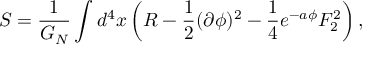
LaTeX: S = { \frac { 1 } { G _ { N } } } \int d ^ { 4 } x \left( R - { \frac { 1 } { 2 } } ( \partial \phi ) ^ { 2 } - { \frac { 1 } { 4 } } e ^ { - a \phi } F _ { 2 } ^ { 2 } \right) ,